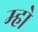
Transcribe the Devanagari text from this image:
म्हो